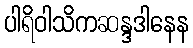
ပါရိဝါသိကဆန္ဒဒါနေန